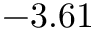
- 3 . 6 1